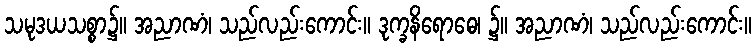
သမုဒယသစ္စာ၌။ အညာဏံ၊ သည်လည်းကောင်း။ ဒုက္ခနိရောဓေ၊ ၌။ အညာဏံ၊ သည်လည်းကောင်း။